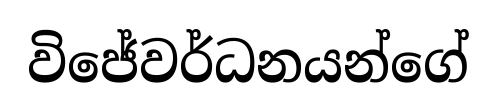
විජේවර්ධනයන්ගේ